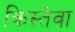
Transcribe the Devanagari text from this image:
क्रिस्तेवा